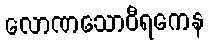
လောဏသောဝီရကေန